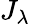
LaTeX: J_{\lambda}